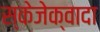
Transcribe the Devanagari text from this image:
स्केजेक्वादा